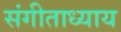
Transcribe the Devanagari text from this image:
संगीताध्याय